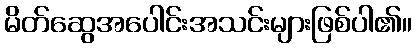
မိတ်ဆွေအပေါင်းအသင်းများဖြစ်ပါ၏။